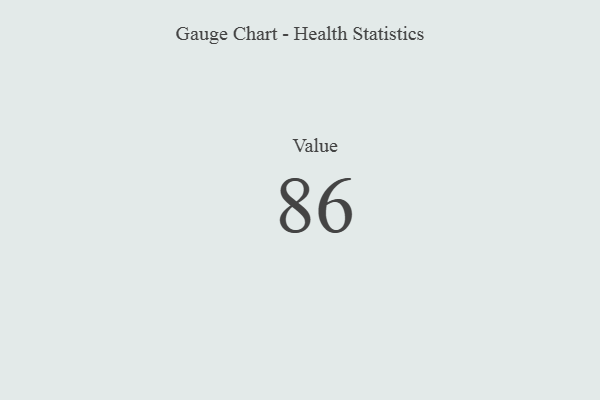
{"axis": {"x": "Metric", "y": "Value"}, "legend": [""], "data": [{"x": "Value", "y": 86, "type": ""}]}